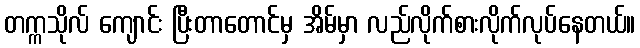
တက္ကသိုလ် ကျောင်း ပြီးတာတောင်မှ အိမ်မှာ လည်လိုက်စားလိုက်လုပ်နေတယ်။